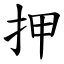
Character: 押